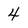
Character: 4